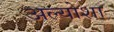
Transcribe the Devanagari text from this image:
अल्योशा